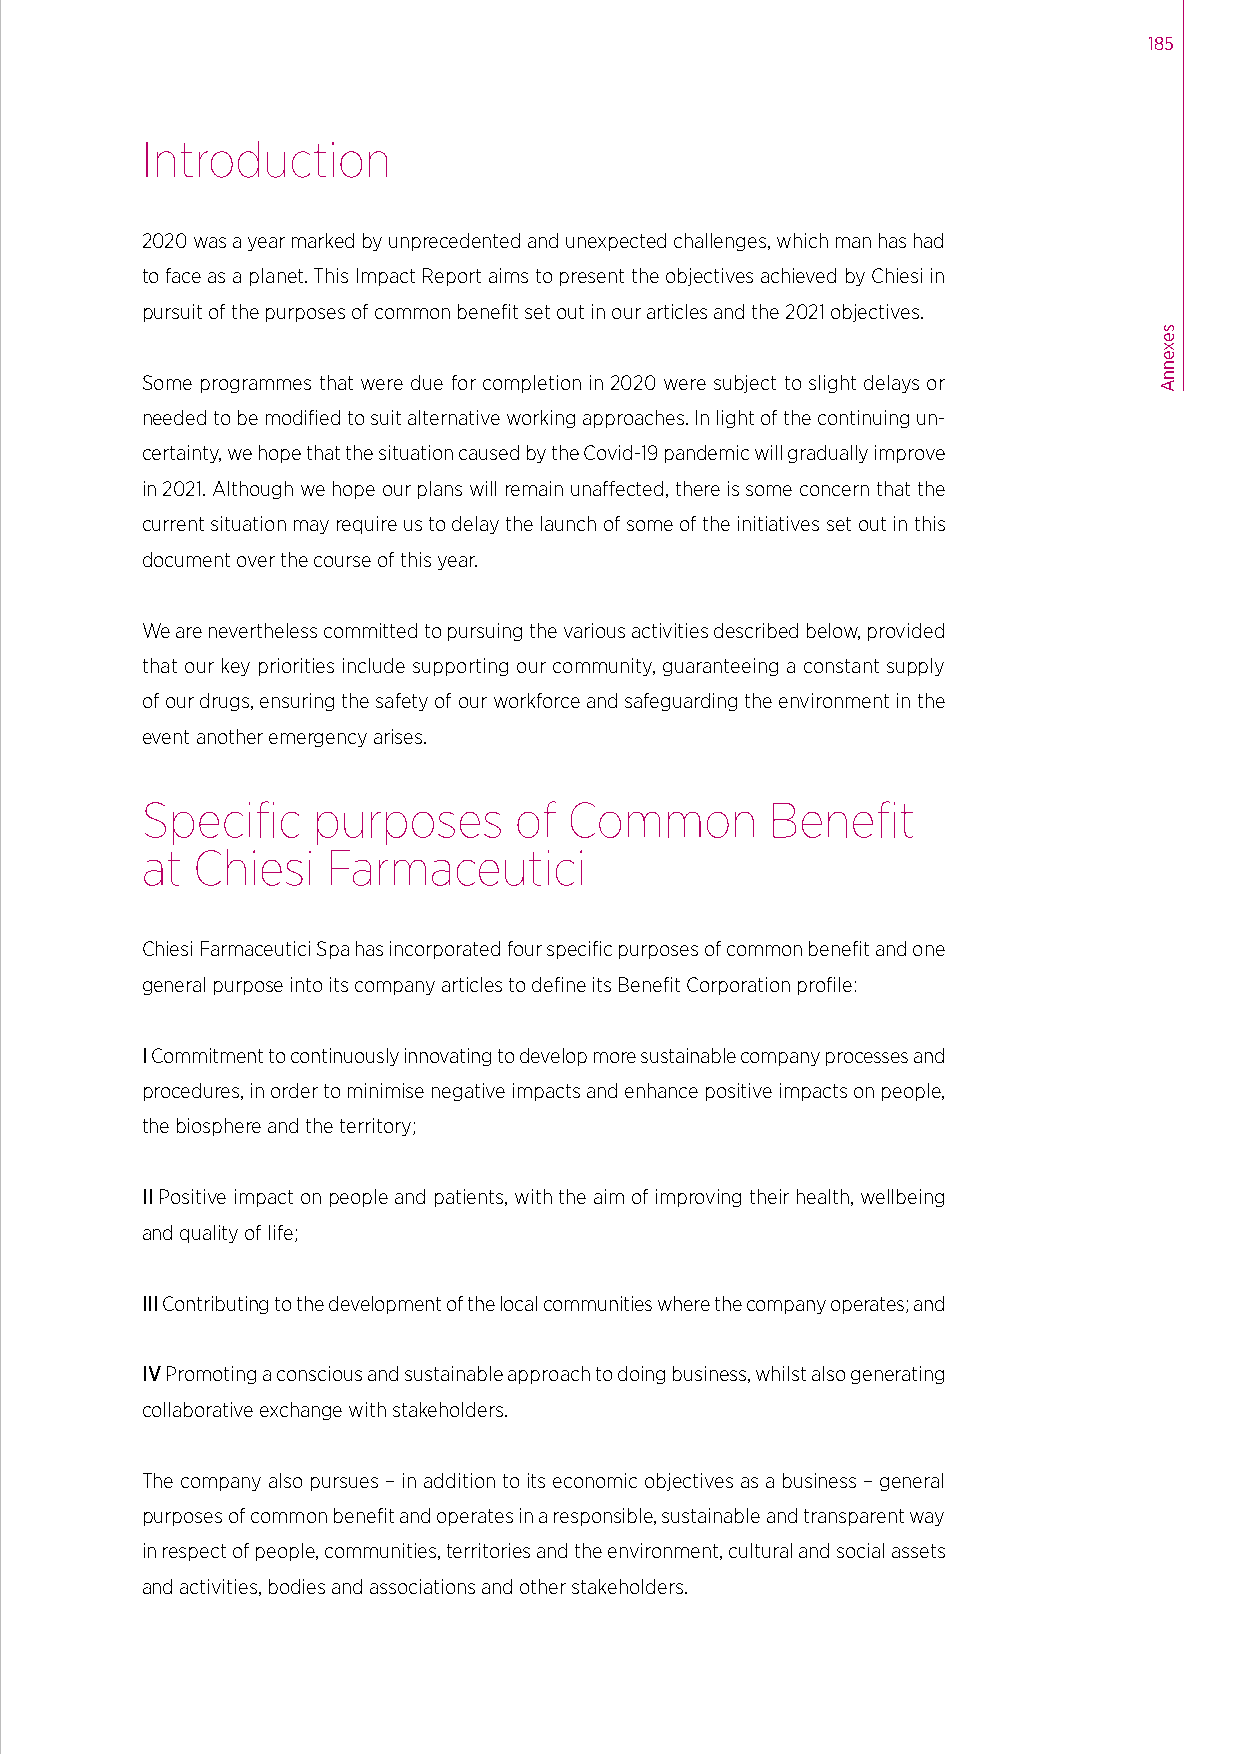
185
 Introduction
 2020 was a year marked by unprecedented and unexpected challenges, which man has had
 to face as a planet. This Impact Report aims to present the objectives achieved by Chiesi in
 pursuit of the purposes of common benefit set out in our articles and the 2021 objectives.
 Some programmes that were due for completion in 2020 were subject to slight delays or
 needed to be modified to suit alternative working approaches. In light of the continuing un-
 certainty, we hope that the situation caused by the Covid-19 pandemic will gradually improve
 in 2021. Although we hope our plans will remain unaffected, there is some concern that the
 current situation may require us to delay the launch of some of the initiatives set out in this
 document over the course of this year.
 We are nevertheless committed to pursuing the various activities described below, provided
 that our key priorities include supporting our community, guaranteeing a constant supply
 of our drugs, ensuring the safety of our workforce and safeguarding the environment in the
 event another emergency arises.
 Specific    purposes     of  Common       Benefit
 at  Chiesi   Farmaceutici
 Chiesi Farmaceutici Spa has incorporated four specific purposes of common benefit and one
 general purpose into its company articles to define its Benefit Corporation profile:
 I Commitment to continuously innovating to develop more sustainable company processes and
 procedures, in order to minimise negative impacts and enhance positive impacts on people,
 the biosphere and the territory;
 II Positive impact on people and patients, with the aim of improving their health, wellbeing
 and quality of life;
 III Contributing to the development of the local communities where the company operates; and
 IV Promoting a conscious and sustainable approach to doing business, whilst also generating
 collaborative exchange with stakeholders.
 The company also pursues – in addition to its economic objectives as a business – general
 purposes of common benefit and operates in a responsible, sustainable and transparent way
 in respect of people, communities, territories and the environment, cultural and social assets
 and activities, bodies and associations and other stakeholders.
 sexennA